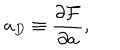
LaTeX: a _ { D } \equiv \frac { \partial { \cal F } } { \partial a } ,